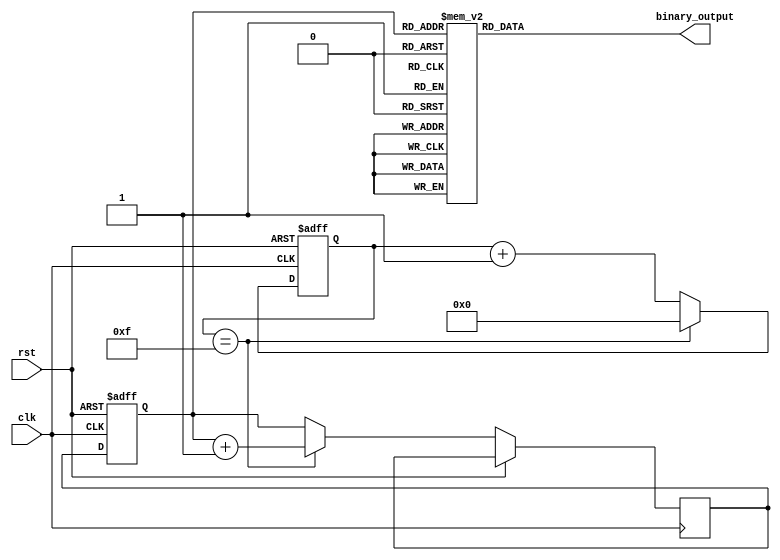
module binary_clock_divider (
  input wire clk,
  input wire rst,
  output reg [3:0] binary_output
);

reg [3:0] current_state;
reg [3:0] next_state;
reg [3:0] counter;

always @(posedge clk or posedge rst) begin
  if (rst) begin
    current_state <= 4'b0000;
    counter <= 4'b0000;
  end else begin
    current_state <= next_state;
    if (counter == 4'b1111) begin
       next_state <= current_state + 1;
       counter <= 4'b0000;
    end else begin
       next_state <= current_state;
       counter <= counter + 1;
    end
  end
end

always @(*) begin
  case(current_state)
    4'b0000: binary_output <= 4'b0000;
    4'b0001: binary_output <= 4'b0001;
    4'b0010: binary_output <= 4'b0010;
    4'b0011: binary_output <= 4'b0011;
    4'b0100: binary_output <= 4'b0100;
    4'b0101: binary_output <= 4'b0101;
    4'b0110: binary_output <= 4'b0110;
    4'b0111: binary_output <= 4'b0111;
    4'b1000: binary_output <= 4'b1000;
    4'b1001: binary_output <= 4'b1001;
    4'b1010: binary_output <= 4'b1010;
    4'b1011: binary_output <= 4'b1011;
    4'b1100: binary_output <= 4'b1100;
    4'b1101: binary_output <= 4'b1101;
    4'b1110: binary_output <= 4'b1110;
    4'b1111: binary_output <= 4'b1111;
  endcase
end

endmodule